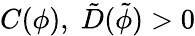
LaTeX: C(\phi),\; \tilde{D}(\tilde{\phi})>0